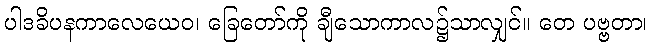
ပါဒခိပနကာလေယေဝ၊ ခြေတော်ကို ချီသောကာလ၌သာလျှင်။ တေ ပဗ္ဗတာ၊